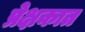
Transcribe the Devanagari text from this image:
प्रेक्षकात